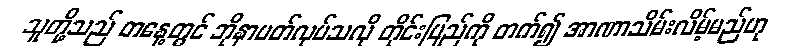
သူတို့သည် တနေ့တွင် ဘိုနာပတ်လုပ်သလို တိုင်းပြည်ကို တက်၍ အာဏာသိမ်းလိမ့်မည်ဟု